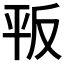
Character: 𢆕